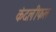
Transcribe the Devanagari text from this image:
कंदलीफल